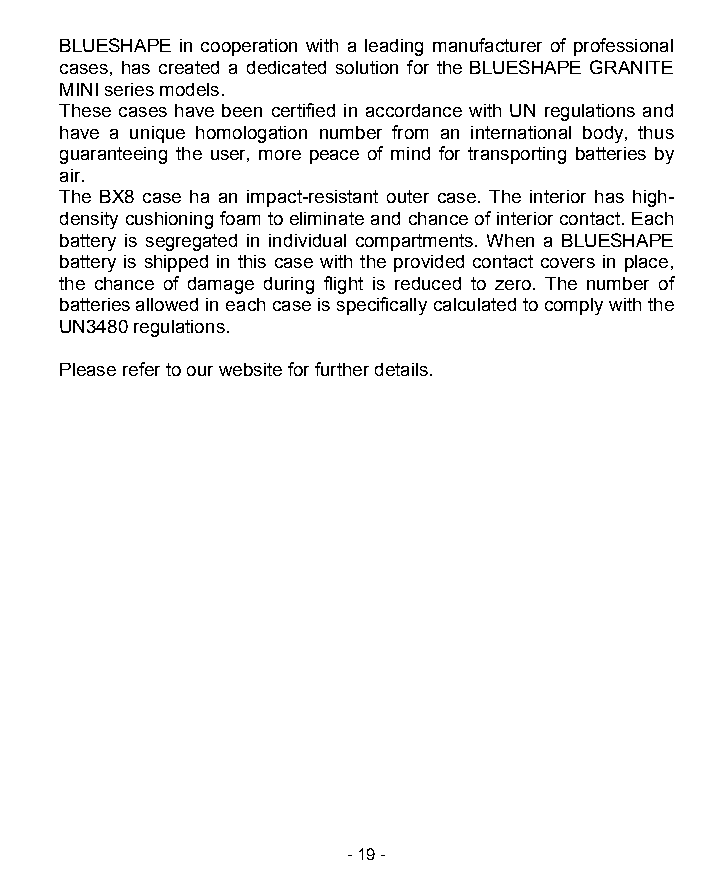
BLUESHAPE in cooperation with a leading manufacturer of professional
 cases, has created a dedicated solution for the BLUESHAPE GRANITE
 MINI series models.
 These cases have been certified in accordance with UN regulations and
 have a unique homologation number from an international body, thus
 guaranteeing the user, more peace of mind for transporting batteries by
 air.
 The BX8 case ha an impact-resistant outer case. The interior has high-
 density cushioning foam to eliminate and chance of interior contact. Each
 battery is segregated in individual compartments. When a BLUESHAPE
 battery is shipped in this case with the provided contact covers in place,
 the chance of damage during flight is reduced to zero. The number of
 batteries allowed in each case is specifically calculated to comply with the
 UN3480 regulations.
 Please refer to our website for further details.
 - 19 -